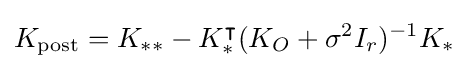
K_{\text{post}}=K_{**}-K_{*}^{\intercal }(K_{O}+\sigma ^{2}I_{r})^{-1}K_{*}